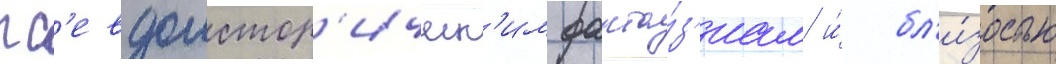
пс'евдоистор'ическ'им фанта́з'иам и́ бл'и́зостью